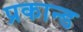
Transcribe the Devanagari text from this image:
प्रकान्ड